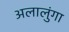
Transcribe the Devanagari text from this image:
अलालुंगा